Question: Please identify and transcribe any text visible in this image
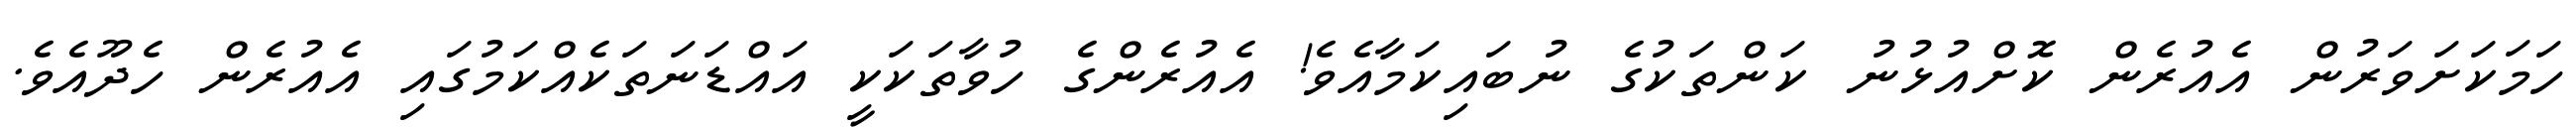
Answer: ހަމަކަށަވަރުން އެއުރެން ކޮށްއުޅުނު ކަންތަކުގެ ނުބައިކަމާއެވެ! އެއުރެންގެ ހުވާތަކަކީ އައްޑަނަތަކެއްކަމުގައި އެއުރެން ހެދޫއެވެ.